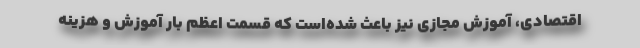
اقتصادی، آموزش مجازی نیز باعث شده‌است که قسمت اعظم بار آموزش و هزینه